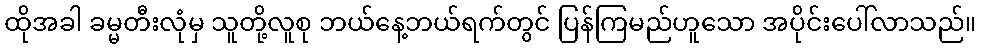
ထိုအခါ ခမ္မတီးလုံမှ သူတို့လူစု ဘယ်နေ့ဘယ်ရက်တွင် ပြန်ကြမည်ဟူသော အပိုင်းပေါ်လာသည်။